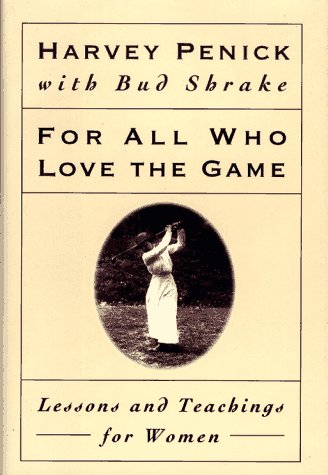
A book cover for For All Who Love the Game: Lessons and Teachings for Women; Harvey Penick; Sports & Outdoors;